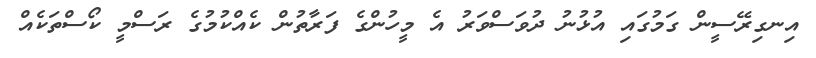
އިނގިރޭސީން ގަމުގައި އުޅުނު ދުވަސްވަރު އެ މީހުންގެ ފަރާތުން ކެއްކުމުގެ ރަސްމީ ކޯސްތަކެއް